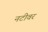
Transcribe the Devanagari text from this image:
नटीवर